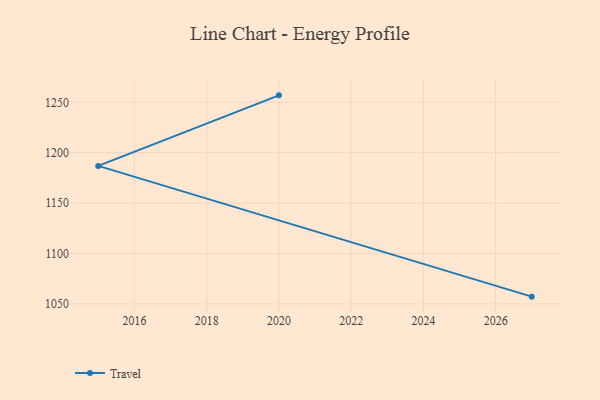
{"axis": {"x": "Year", "y": "Budget (USD K)"}, "legend": ["Travel"], "data": [{"x": "2027", "y": 1057.2, "type": "Travel"}, {"x": "2015", "y": 1186.9, "type": "Travel"}, {"x": "2020", "y": 1256.9, "type": "Travel"}]}